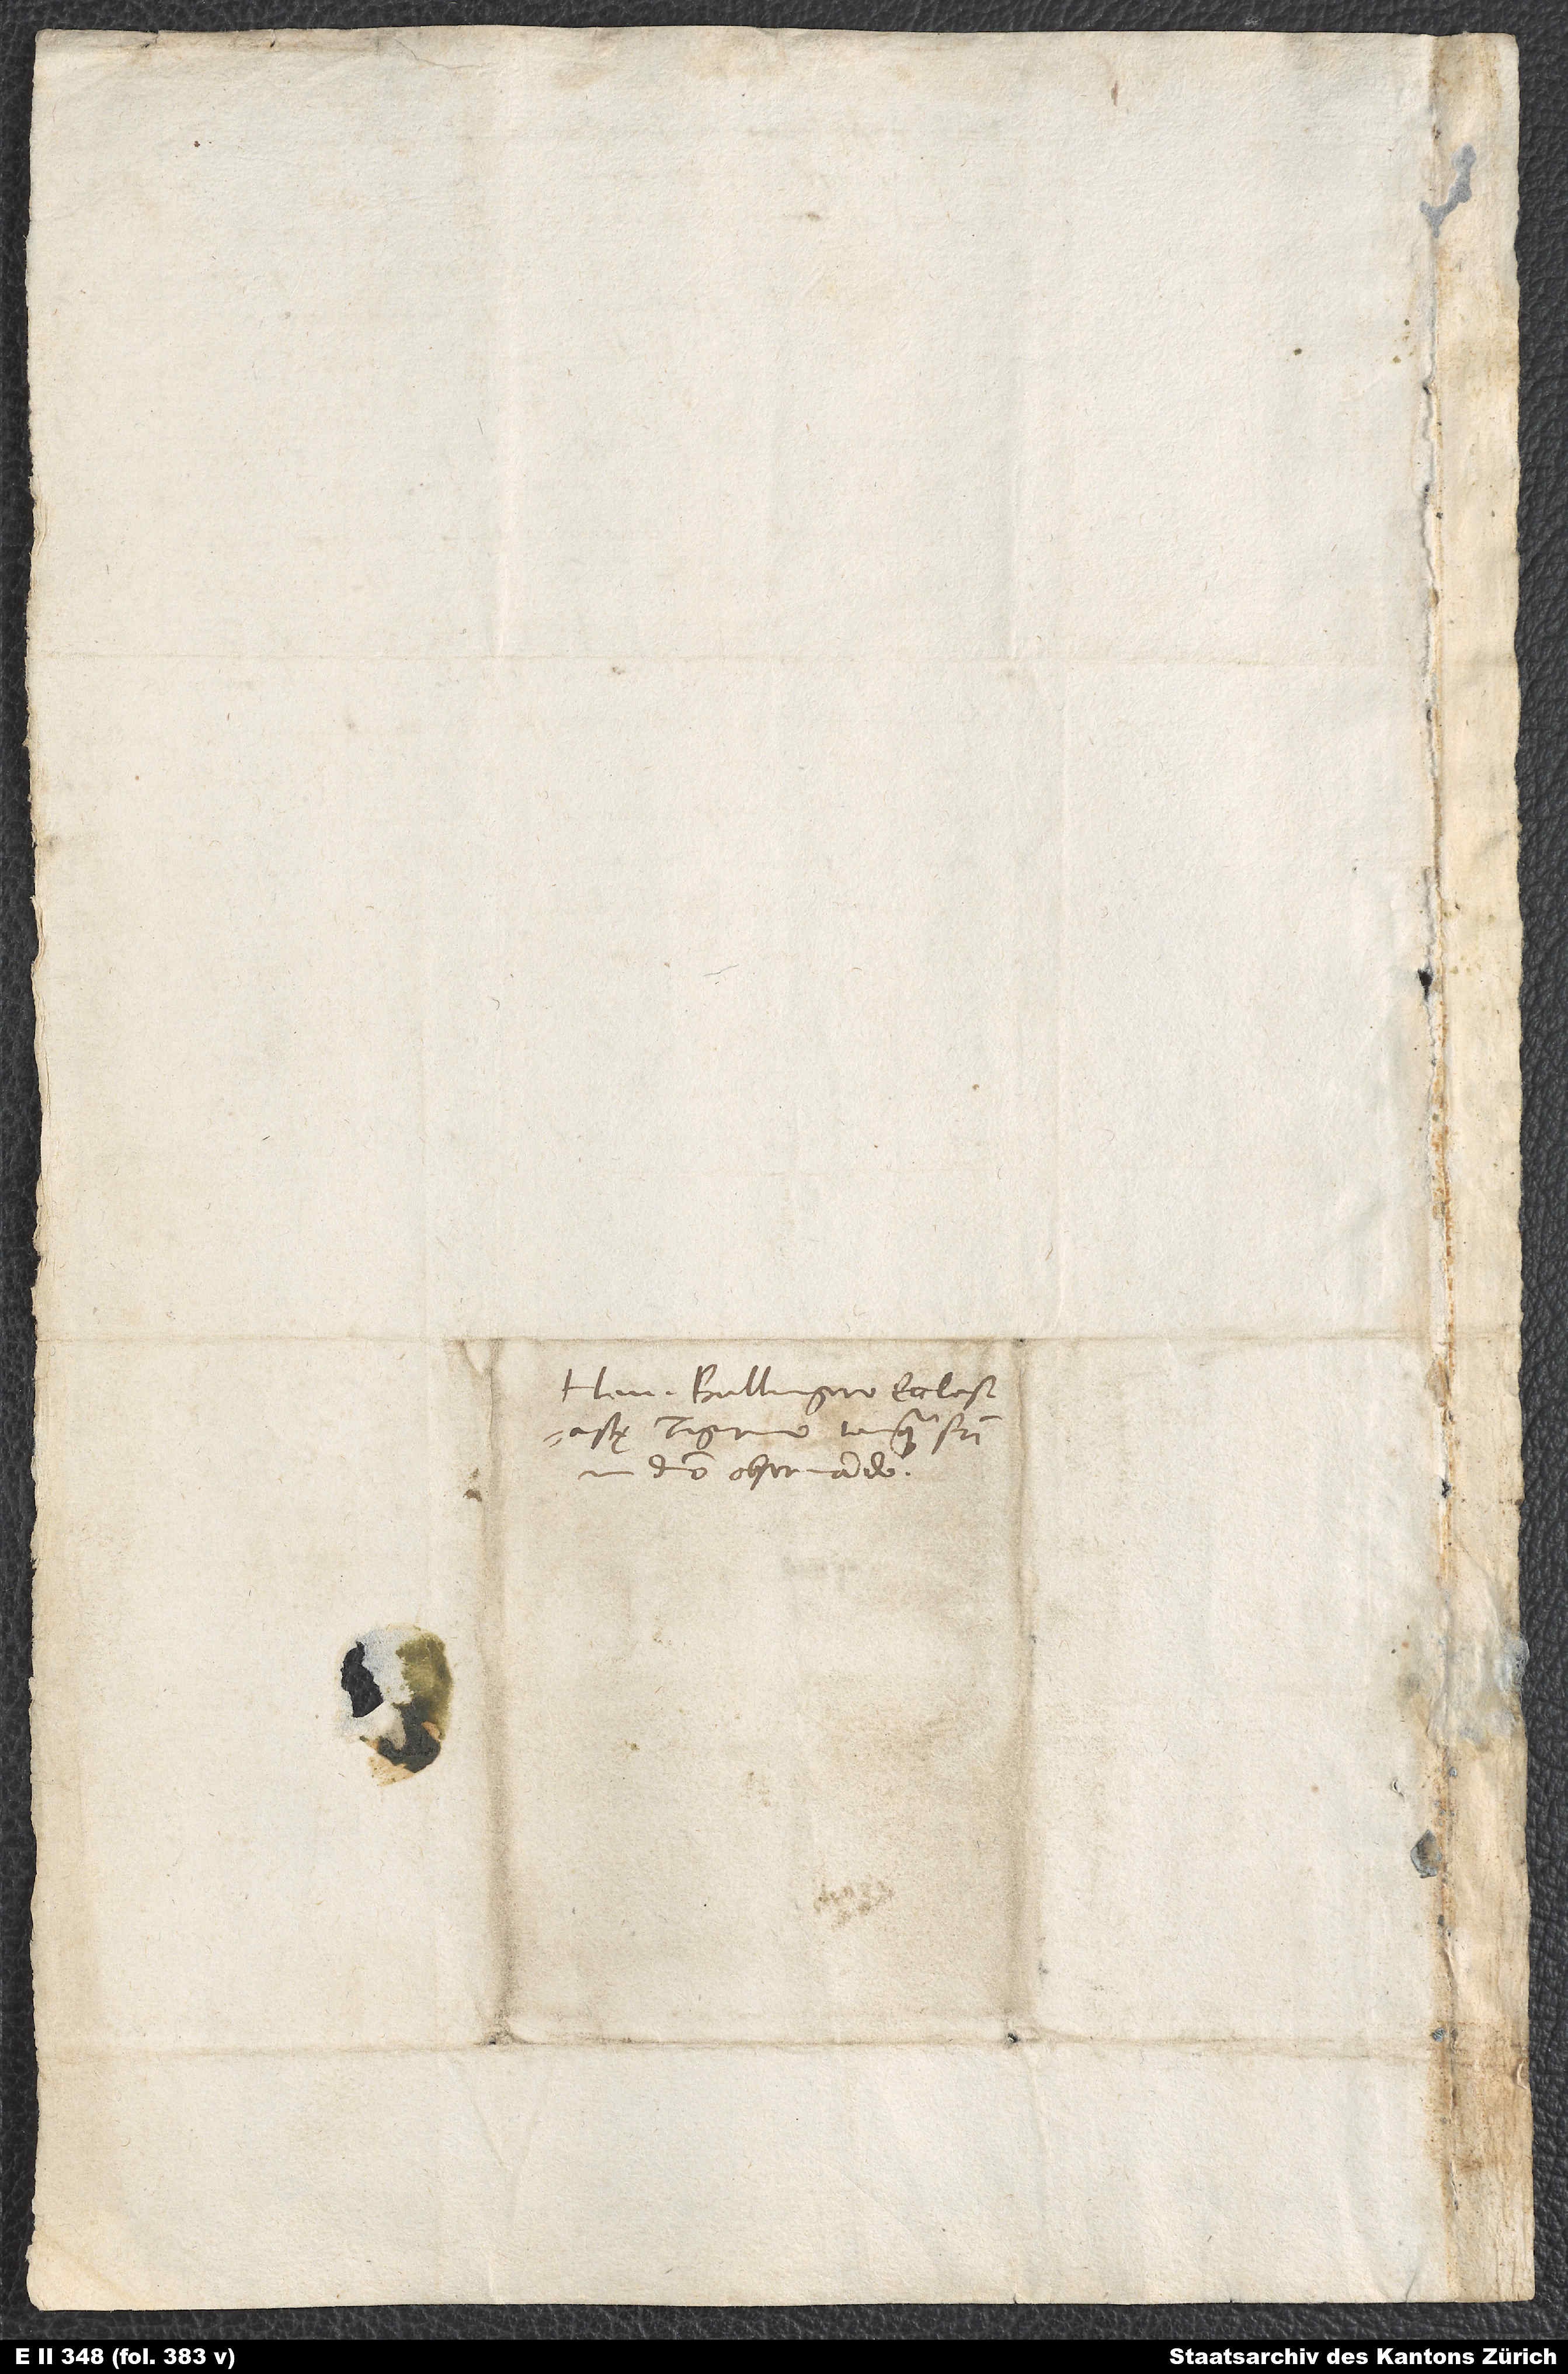
Henrico Bullingero, ecclesiastę
Tigurino tanquam fratri
domino observando.